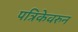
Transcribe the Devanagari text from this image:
पत्रिकेवरुन